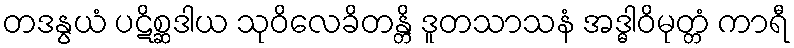
တဒနွယံ ပဋိစ္ဆဒါယ သုဝိလေခိတန္တိ ဒူတသာသနံ အဒ္ဓါဝိမုတ္တံ ကာရီ